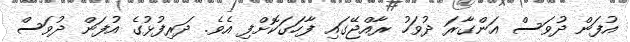
އުފަން ދުވަސް އަންގާރަ ދުވަހު ރާއްޖޭގައި ފާހަގަކޮށްފި އެވެ. ދަރިފުޅުގެ އުފަން ދުވަސް